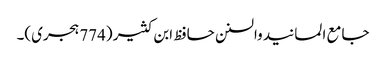
جامع المسانید والسنن حافظ ابن کثیر (774 ہجری)۔